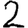
Digit: 2